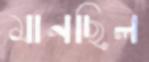
মানছিল